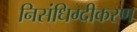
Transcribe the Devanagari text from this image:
निसंधिग्दीकरण